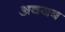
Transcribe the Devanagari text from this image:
अवयब